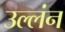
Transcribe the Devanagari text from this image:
उल्लंन